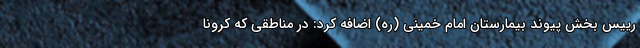
رییس بخش پیوند بیمارستان امام خمینی (ره) اضافه کرد: در مناطقی که کرونا